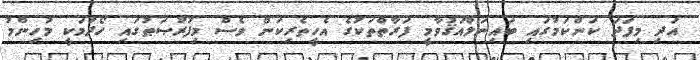
އަދި މިފަދަ ކަންކަމުގައި ބައިނަލްއަޤުވާމީ ފަރާތްތަކުގެ އެހީތެރިކަން ވެސް މިފުރުޞަޠުގައި ހޯދުމަކީ މުހިންމު